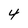
Character: 4